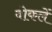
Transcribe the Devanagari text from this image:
वोकलें